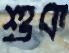
শুক